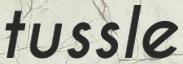
tussle